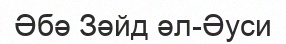
Әбә Зәйд әл-Әуси